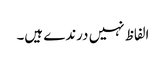
الفاظ نہیں درندے ہیں۔